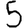
Digit: 5